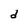
Character: d